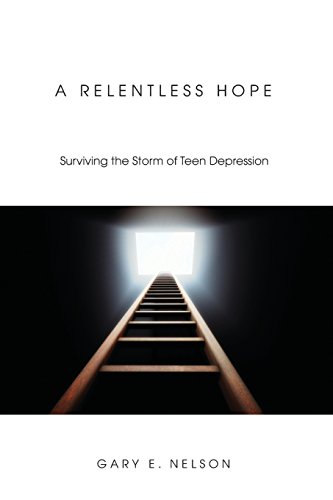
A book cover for A Relentless Hope: Surviving the Storm of Teen Depression; Gary E. Nelson; Christian Books & Bibles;